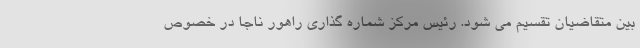
بین متقاضیان تقسیم می شود. رئیس مرکز شماره گذاری راهور ناجا در خصوص